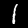
Label: 1